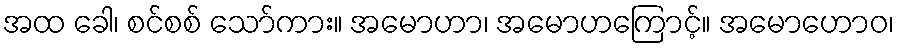
အထ ခေါ၊ စင်စစ် သော်ကား။ အမောဟာ၊ အမောဟကြောင့်။ အမောဟောဝ၊